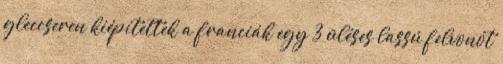
gleccseren kiépítettek a franciák egy 3 üléses lassú felvonót